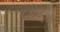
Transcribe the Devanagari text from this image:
८१६४